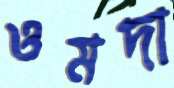
ওমদা